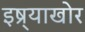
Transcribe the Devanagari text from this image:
इष्र्याखोर